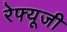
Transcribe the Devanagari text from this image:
रेफ्यूजी